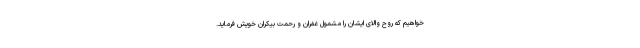
خواهیم که روح والای ایشان را مشمول غفران و رحمت بیکران خویش فرماید.